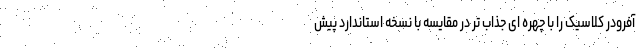
آفرودر کلاسیک را با چهره ای جذاب تر در مقایسه با نسخه استاندارد پیش